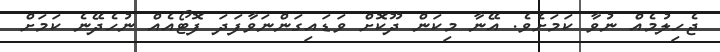
ޖެހިލުމެއް ނުވާ ކަމަށެވެ. އޭނާ މިކަން ދޫކޮށް ވަޑައިގަންނަވާފަދަ ފޮޓޯއެއް ނުހެދޭނެ ކަމަށް